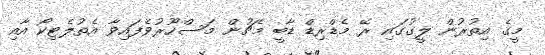
މީގެ އިތުރުން ލީގުގައި ރޭ މެޑްރިޑް ޑާބީ މެޗުން މަސްހޫރުވެފައިވާ އެތުލެޓިކޯ އާއި